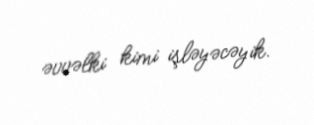
əvvəlki kimi işləyəcəyik.